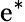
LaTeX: \mathrm{e}^{*}